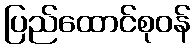
ပြည်ထောင်စုဝန်